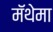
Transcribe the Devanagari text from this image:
मॅथेमा